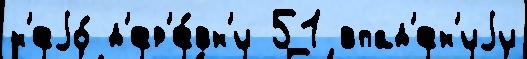
н'еjо́ д'ер'е́вн'и 51 впад'ен'иjи